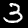
Digit: 3